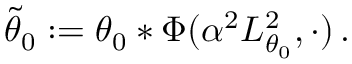
\tilde { \theta } _ { 0 } : = \theta _ { 0 } \ast \Phi ( \alpha ^ { 2 } L _ { \theta _ { 0 } } ^ { 2 } , \cdot ) \, .